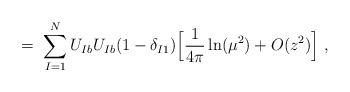
LaTeX: \begin{align*}= \; \sum_{I=1}^N U_{Ib} U_{Ib} (1-\delta_{I1})\Big[ \frac{1}{4\pi}\ln(\mu^2) + O(z^2) \Big] \; ,\end{align*}